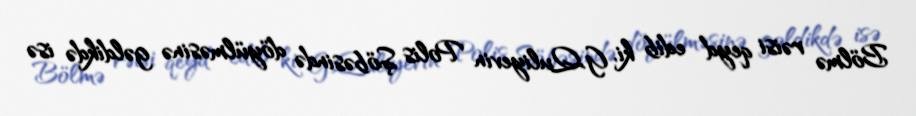
Bölmə rəisi qeyd edib ki, G.Quliyevin Polis Şöbəsində döyülməsinə gəldikdə isə